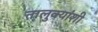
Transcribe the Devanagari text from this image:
तालुक्यांशी